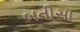
બતીસા